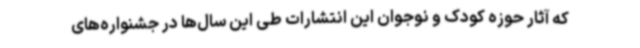
که آثار حوزه کودک و نوجوان این انتشارات طی این سال‌ها در جشنواره‌های